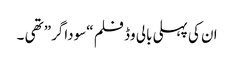
ان کی پہلی بالی وڈ فلم “سوداگر” تھی ۔